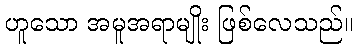
ဟူသော အမူအရာမျိုး ဖြစ်လေသည်။